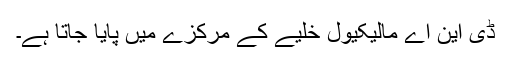
ڈی این اے مالیکیول خلیے کے مرکزے میں پایا جاتا ہے۔